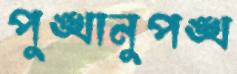
পুঙ্খানুপঙ্খ